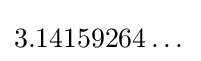
3.14159264\dots